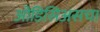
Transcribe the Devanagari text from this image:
ओडिसिअसचा